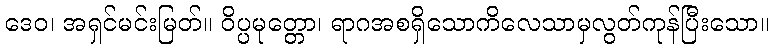
ဒေဝ၊ အရှင်မင်းမြတ်။ ဝိပ္ပမုတ္တော၊ ရာဂအစရှိသောကိလေသာမှလွတ်ကုန်ပြီးသော။